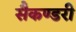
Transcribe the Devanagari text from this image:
सैकण्‍डरी